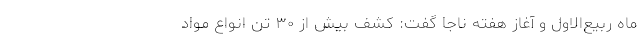
ماه ربیع‌الاول و آغاز هفته ناجا گفت: کشف بیش از ۳۰ تُن انواع مواد